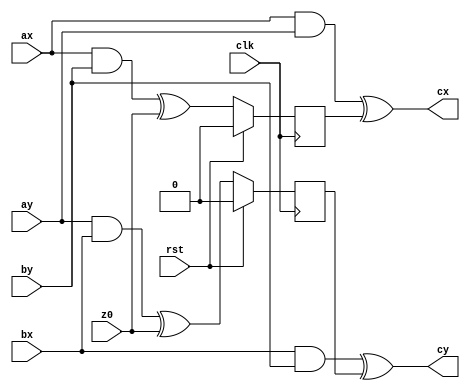
module dom_and_onebit
  ( 
    input clk, input rst,
    input  ax, input ay,
    input  bx, input by,
    input  z0,
    output cx, output cy
  );

  reg tmpa;
  reg tmpb;

  wire axay;
  wire axby;
  wire aybx;
  wire bxby;

  //Calculation (inner and crossdomain)
  assign axay = ax & ay;
  assign axby = ax & by;
  assign aybx = ay & bx;
  assign bxby = bx & by;


  always @(posedge clk)
  begin
    if(rst) begin
      tmpa <= 1'b0;
      tmpb <= 1'b0;
    end else begin
      //Resharing (basically adding random Z to crossomain results)
      tmpa <= axby ^ z0;
      tmpb <= aybx ^ z0;
    end
  end

  //Integration (adding crossdomain to inner domain)
  assign cx = axay ^ tmpa;
  assign cy = bxby ^ tmpb;

endmodule